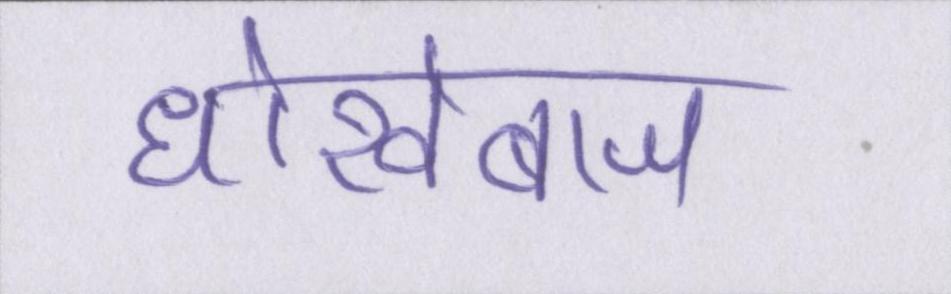
धोखेबाज